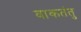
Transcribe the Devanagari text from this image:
वाकतंतु